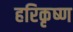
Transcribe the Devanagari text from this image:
हरिकृष्‍ण